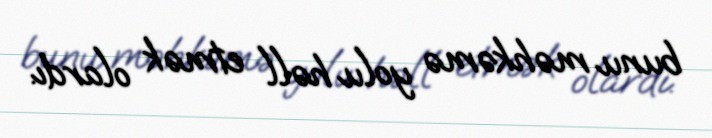
bunu məhkəmə yolu həll etmək olardı.